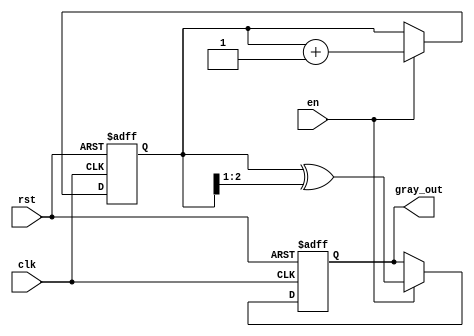
module gray_code_counter (
    input wire clk,         // Clock input
    input wire rst,         // Asynchronous reset
    input wire en,          // Enable signal
    output reg [2:0] gray_out // Gray code output
);

    // Internal binary counter
    reg [2:0] binary_count;

    // Gray code conversion function
    function [2:0] binary_to_gray;
        input [2:0] binary;
        begin
            binary_to_gray = binary ^ (binary >> 1);
        end
    endfunction

    // Sequential logic for counter
    always @(posedge clk or posedge rst) begin
        if (rst) begin
            // Reset the binary count and the Gray code output to 0
            binary_count <= 3'b000;
            gray_out <= binary_to_gray(3'b000);
        end else if (en) begin
            // Increment the binary count
            binary_count <= binary_count + 1;
            // Convert binary to Gray code
            gray_out <= binary_to_gray(binary_count);
        end
    end

endmodule